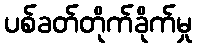
ပစ်ခတ်တိုက်ခိုက်မှု